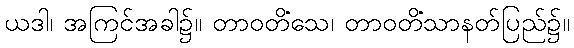
ယဒါ၊ အကြင်အခါ၌။ တာဝတိံသေ၊ တာဝတိံသာနတ်ပြည်၌။